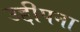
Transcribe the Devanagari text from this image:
उद्दीपना